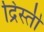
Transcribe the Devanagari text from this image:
द्रिस्ती